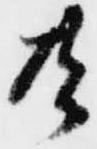
共